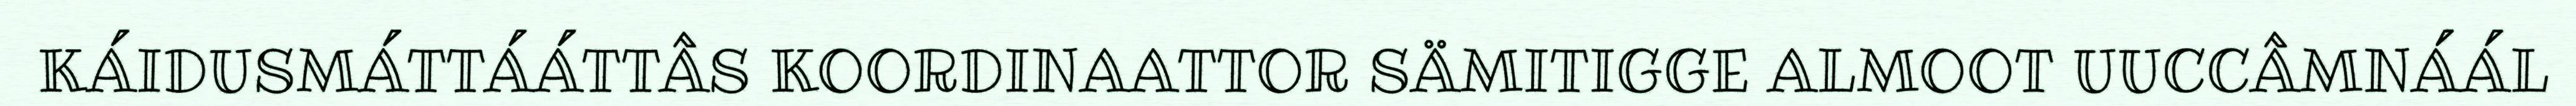
KÁIDUSMÁTTÁÁTTÂS KOORDINAATTOR SÄMITIGGE ALMOOT UUCCÂMNÁÁL